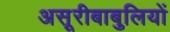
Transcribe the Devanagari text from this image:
असूरीबाबुलियों